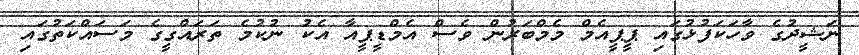
ނަޝީދުގެ ވާހަކަފުޅުގައި ޕީޕީއެމް މެމްބަރުން ވެސް އެމްޑީޕީއާ އެކު ނުކުމެ ތަރައްގީގެ މަސައްކަތުގައި